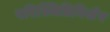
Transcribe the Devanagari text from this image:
परिस्थितिविशेष